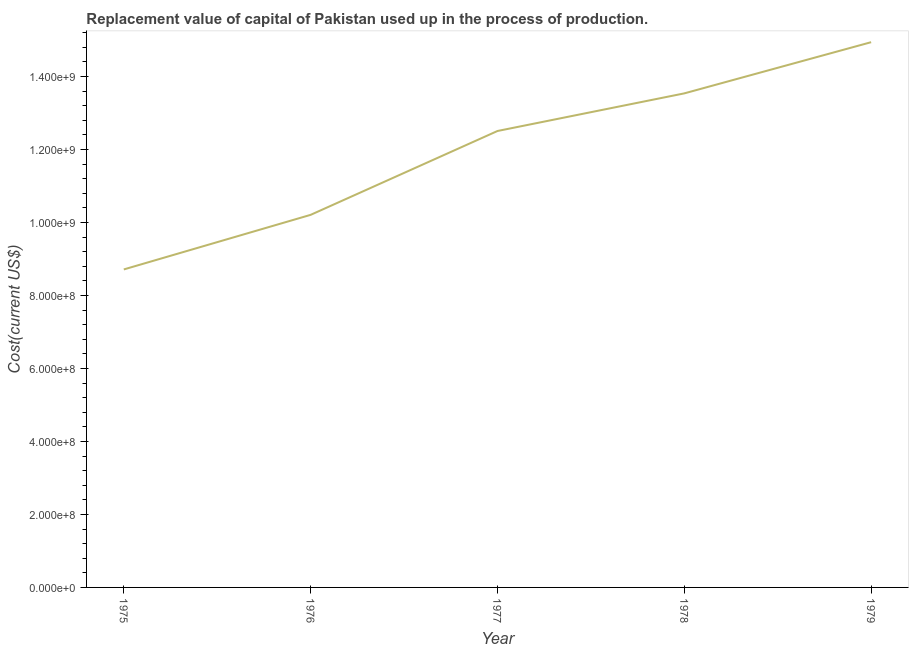
| Year | Consumption of fixed capital |
 | --- | --- |
 | 1975 | 8.71e+08 |
 | 1976 | 1.02e+09 |
 | 1977 | 1.25e+09 |
 | 1978 | 1.35e+09 |
 | 1979 | 1.49e+09 |